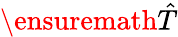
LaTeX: \ensuremath{\hat{T}}